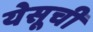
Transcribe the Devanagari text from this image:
येसूची